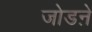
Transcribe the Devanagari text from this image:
जोडऩे